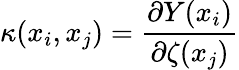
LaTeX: \kappa(x_{i},x_{j})=\frac{\partial Y(x_{i})}{\partial\zeta(x_{j})}